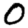
Digit: 0